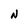
Character: N